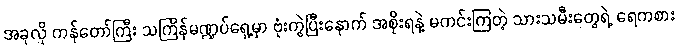
အခုလို ကန်တော်ကြီး သင်္ကြန်မဏ္ဍပ်ရှေ့မှာ ဗုံးကွဲပြီးနောက် အစိုးရနဲ့ မကင်းကြတဲ့ သားသမီးတွေရဲ့ ရေကစား